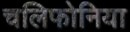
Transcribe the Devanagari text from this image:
चलिफोनिया